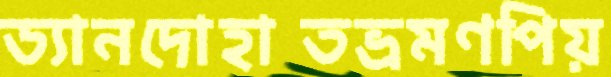
ড্যানদোহাতভ্রমণপিয়